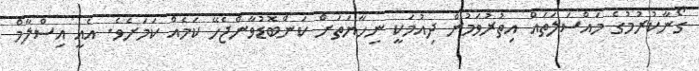
ގޯނާކުރުމުގެ މައްސަލަތައް އިތުރުވަމުން ދިއުމަކީ ނިހާޔަތަށް ކަންބޮޑުވާންޖެހޭ ކަމެއް ކަމަށެވެ. އެއީ އިސްލާމް